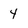
Character: 4